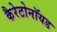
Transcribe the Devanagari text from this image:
कैरेटोनॉयड